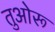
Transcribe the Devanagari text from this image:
तुओरू